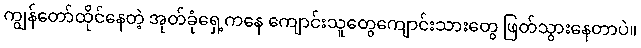
ကျွန်တော်ထိုင်နေတဲ့ အုတ်ခုံရှေ့ကနေ ကျောင်းသူတွေကျောင်းသားတွေ ဖြတ်သွားနေတာပဲ။